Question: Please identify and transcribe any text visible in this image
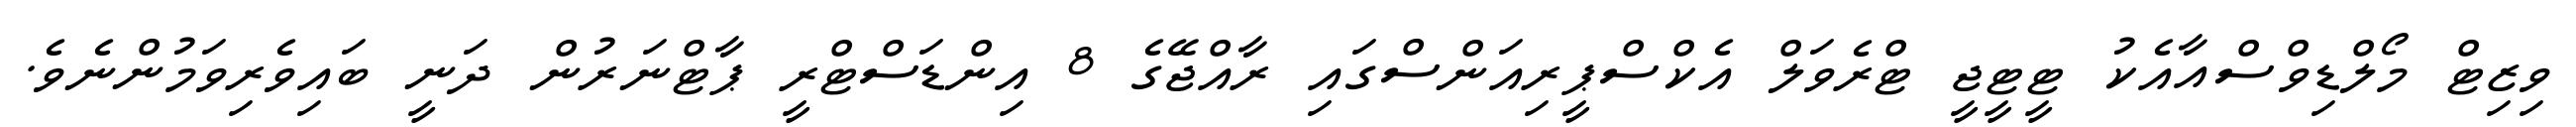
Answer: ވިޒިޓް މޯލްޑިވްސްއާއެކު ޓީޓީޖީ ޓްރެވަލް އެކްސްޕީރިއަންސްގައި ރާއްޖޭގެ 8 އިންޑަސްޓްރީ ޕާޓްނަރުން ދަނީ ބައިވެރިވަމުންނެވެ.